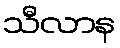
သီလာန